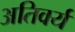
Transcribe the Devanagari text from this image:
अतिवर्य